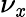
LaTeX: \nu_{\mathit{x}}